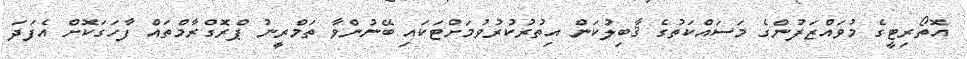
އޮތޯރިޓީގެ މުވައްޒަފުންގެ މަސައްކަތުގެ ޤާބިލުކަން އިތުރުކުރުވުމަށްޓަކައި ބޭނުންވާ ތަމްރީނު ޕްރޮގްރާމްތައް ފާހަގަކޮށް އެފަދަ